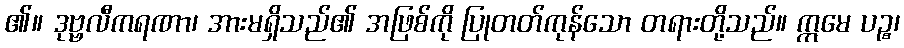
၏။ ဒုဗ္ဗလီကရဏာ၊ အားမရှိသည်၏ အဖြစ်ကို ပြုတတ်ကုန်သော တရားတို့သည်။ ဣမေ ပဉ္စ၊